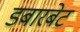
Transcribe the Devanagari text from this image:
डबारबेट